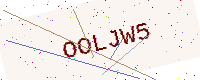
Text: OOLJW5